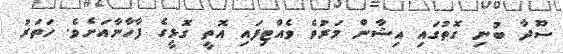
ސޫދާ ބުނި ގޮތުގައި އިޝާން މަރުވެ ވެއްޓިފައި އޮތީ ގޮޅީގެ ފާހާނާއަށެވެ. ހަތަރު